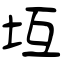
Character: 坘